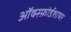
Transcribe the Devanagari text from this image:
ऑक्स्फ़ोर्डशायर